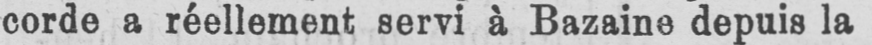
corde a réellement servi à Bazaine depuis la